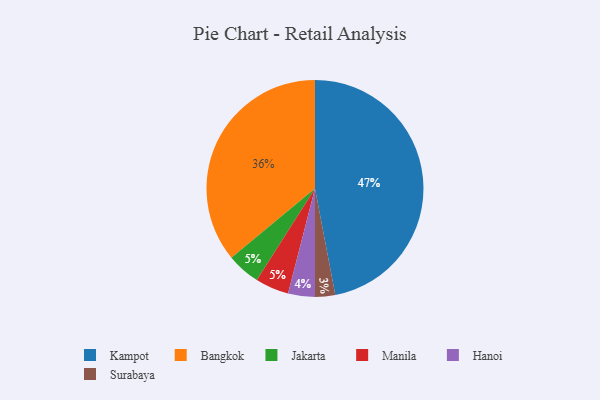
{"axis": {"x": "Category", "y": "Percentage"}, "legend": ["Bangkok", "Hanoi", "Jakarta", "Kampot", "Manila", "Surabaya"], "data": [{"x": "Kampot", "y": 47, "type": "Kampot"}, {"x": "Hanoi", "y": 4, "type": "Hanoi"}, {"x": "Surabaya", "y": 3, "type": "Surabaya"}, {"x": "Jakarta", "y": 5, "type": "Jakarta"}, {"x": "Manila", "y": 5, "type": "Manila"}, {"x": "Bangkok", "y": 36, "type": "Bangkok"}]}